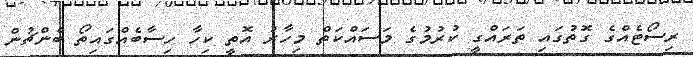
ރިސޯޓެއްގެ ގޮތުގައި ތަރައްގީ ކުރުމުގެ މަސައްކަތް މިހާރު އޮތީ ކިހާ ހިސާބެއްގައިތޯ ބެންޗުން